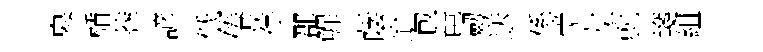
皋楯莾諺低倦荐郡鰥蔭迨包琶劒送係觉龙就箋組